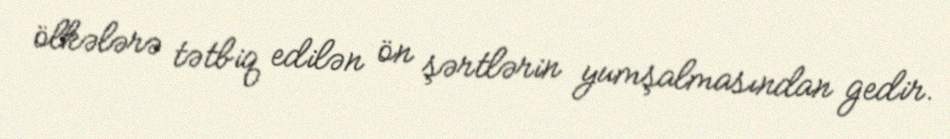
ölkələrə tətbiq edilən ön şərtlərin yumşalmasından gedir.